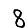
Digit: 8